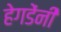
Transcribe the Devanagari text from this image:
हेगडेंनी